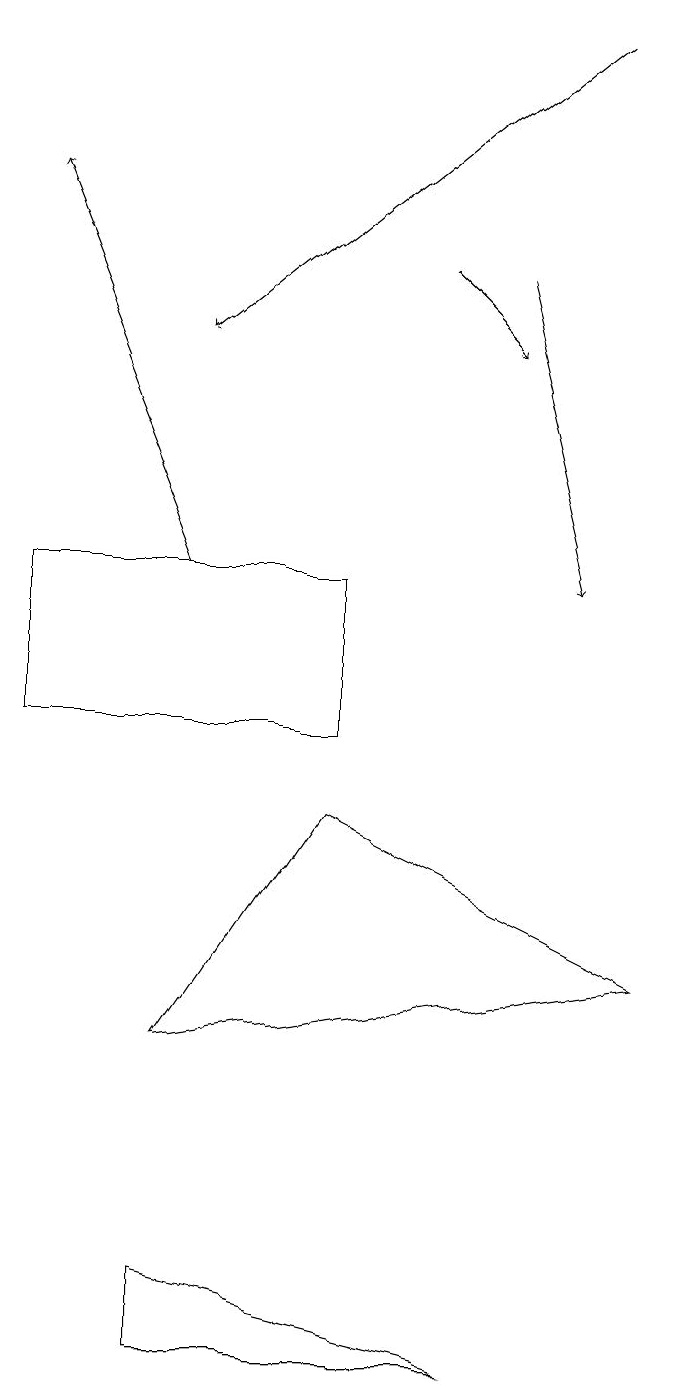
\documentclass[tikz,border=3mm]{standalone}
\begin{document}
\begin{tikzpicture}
\draw[->] (3,12) -- (1,17);
\draw (5,10) rectangle (1,12);
\draw[->] (8,19) -- (3,15);
\draw (9,7) -- (3,6) -- (5,9) -- cycle;
\draw[->] (7,16) -- (8,12);
\draw (3,3) -- (3,2) -- (7,2) -- cycle;
\draw[->] (6,16) -- (7,15);
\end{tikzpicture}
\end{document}